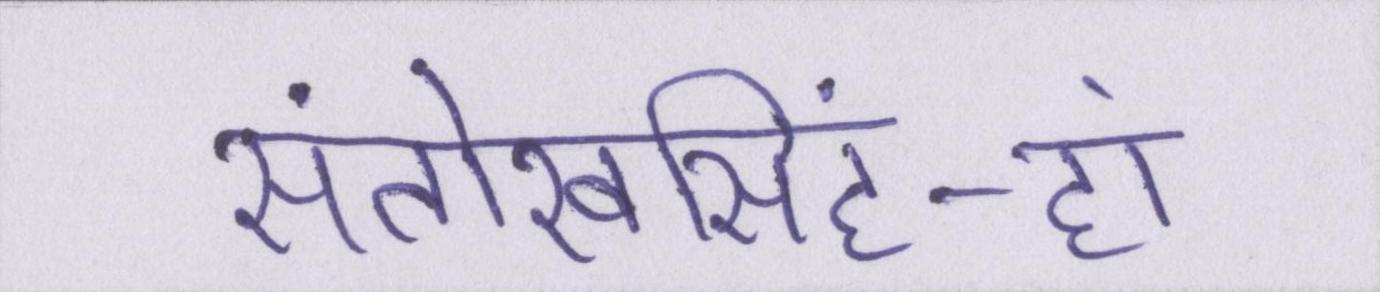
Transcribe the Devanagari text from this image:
संतोखसिंह-हां